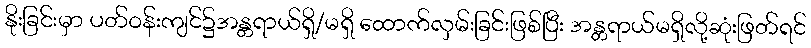
နိုးခြင်းမှာ ပတ်၀န်းကျင်၌အန္တရာယ်ရှိ/မရှိ ထောက်လှမ်းခြင်းဖြစ်ပြီး အန္တရာယ်မရှိလို့ဆုံးဖြတ်ရင်